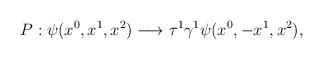
LaTeX: \begin{align*}P: \psi (x^0,x^1,x^2) \longrightarrow \tau^1 \gamma^1 \psi(x^0,-x^1,x^2),\end{align*}